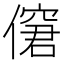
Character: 僒